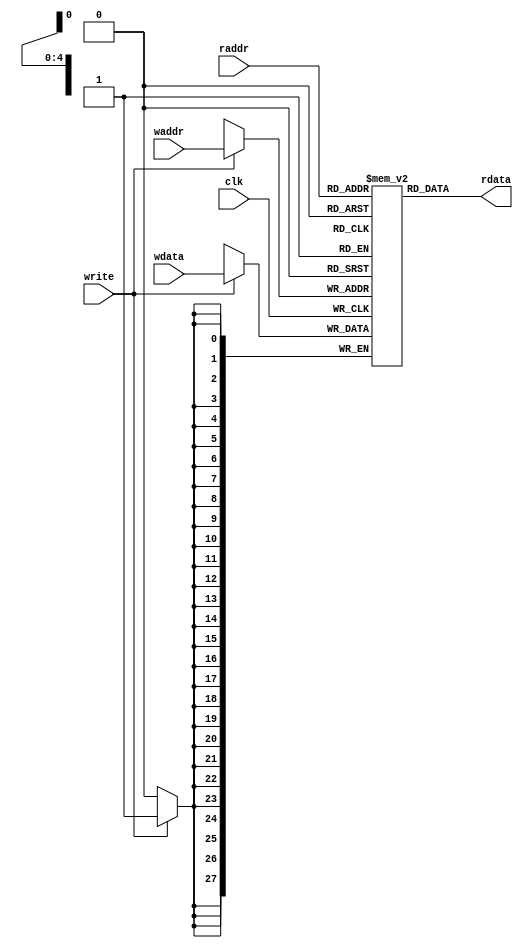
module mem28x32(input clk,input [4:0] waddr, 
    input [27:0] wdata, input write,
    input [4:0] raddr, output [27:0] rdata);


reg [27:0] mem[0:31];

reg [27:0] rdatax;

wire [27:0] w0,w1,w2,w3,w4,w5,w6,w7;
assign w0=mem[0];
assign w1=mem[1];
assign w2=mem[2];

assign rdata = rdatax;

always @(*) begin
  rdatax <= #2 mem[raddr];
end

always @(posedge(clk)) begin
  if(write) begin
    mem[waddr]<=#2 wdata;
  end
end

endmodule